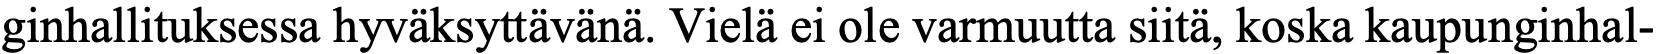
ginhallituksessa hyväksyttävänä. Vielä ei ole varmuutta siitä, koska kaupunginhal-